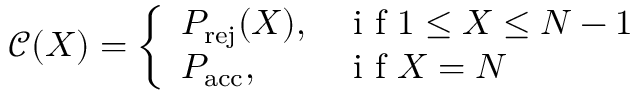
\begin{array} { r } { \mathcal { C } ( X ) = \left\{ \begin{array} { l l } { P _ { \mathrm { r e j } } ( X ) , } & { \mathrm { ~ i ~ f ~ } 1 \leq X \leq N - 1 } \\ { P _ { \mathrm { a c c } } , } & { \mathrm { ~ i ~ f ~ } X = N } \end{array} \right. } \end{array}